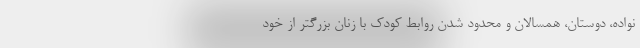
نواده، دوستان، همسالان و محدود شدن روابط کودک با زنان بزرگتر از خود